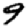
Digit: 9